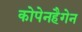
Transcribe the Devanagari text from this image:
कोपेनहैगेन